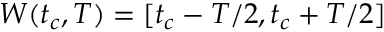
W ( t _ { c } , T ) = [ t _ { c } - T / 2 , t _ { c } + T / 2 ]